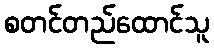
စတင်တည်ထောင်သူ